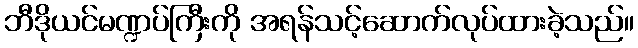
ဘီဒိုယင်မဏ္ဍပ်ကြီးကို အရန်သင့်ဆောက်လုပ်ထားခဲ့သည်။